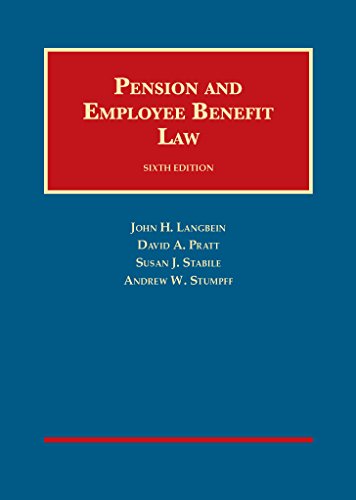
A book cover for Pension and Employee Benefit Law (University Casebook Series); John Langbein; Law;